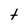
Character: t